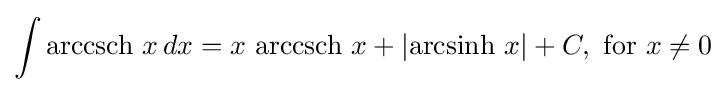
\int \operatorname {arccsch} \,x\,dx=x\,\operatorname {arccsch} \,x+\left|\operatorname {arcsinh} \,x\right|+C,{\text{ for }}x\neq 0